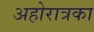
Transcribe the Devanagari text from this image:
अहोरात्रका